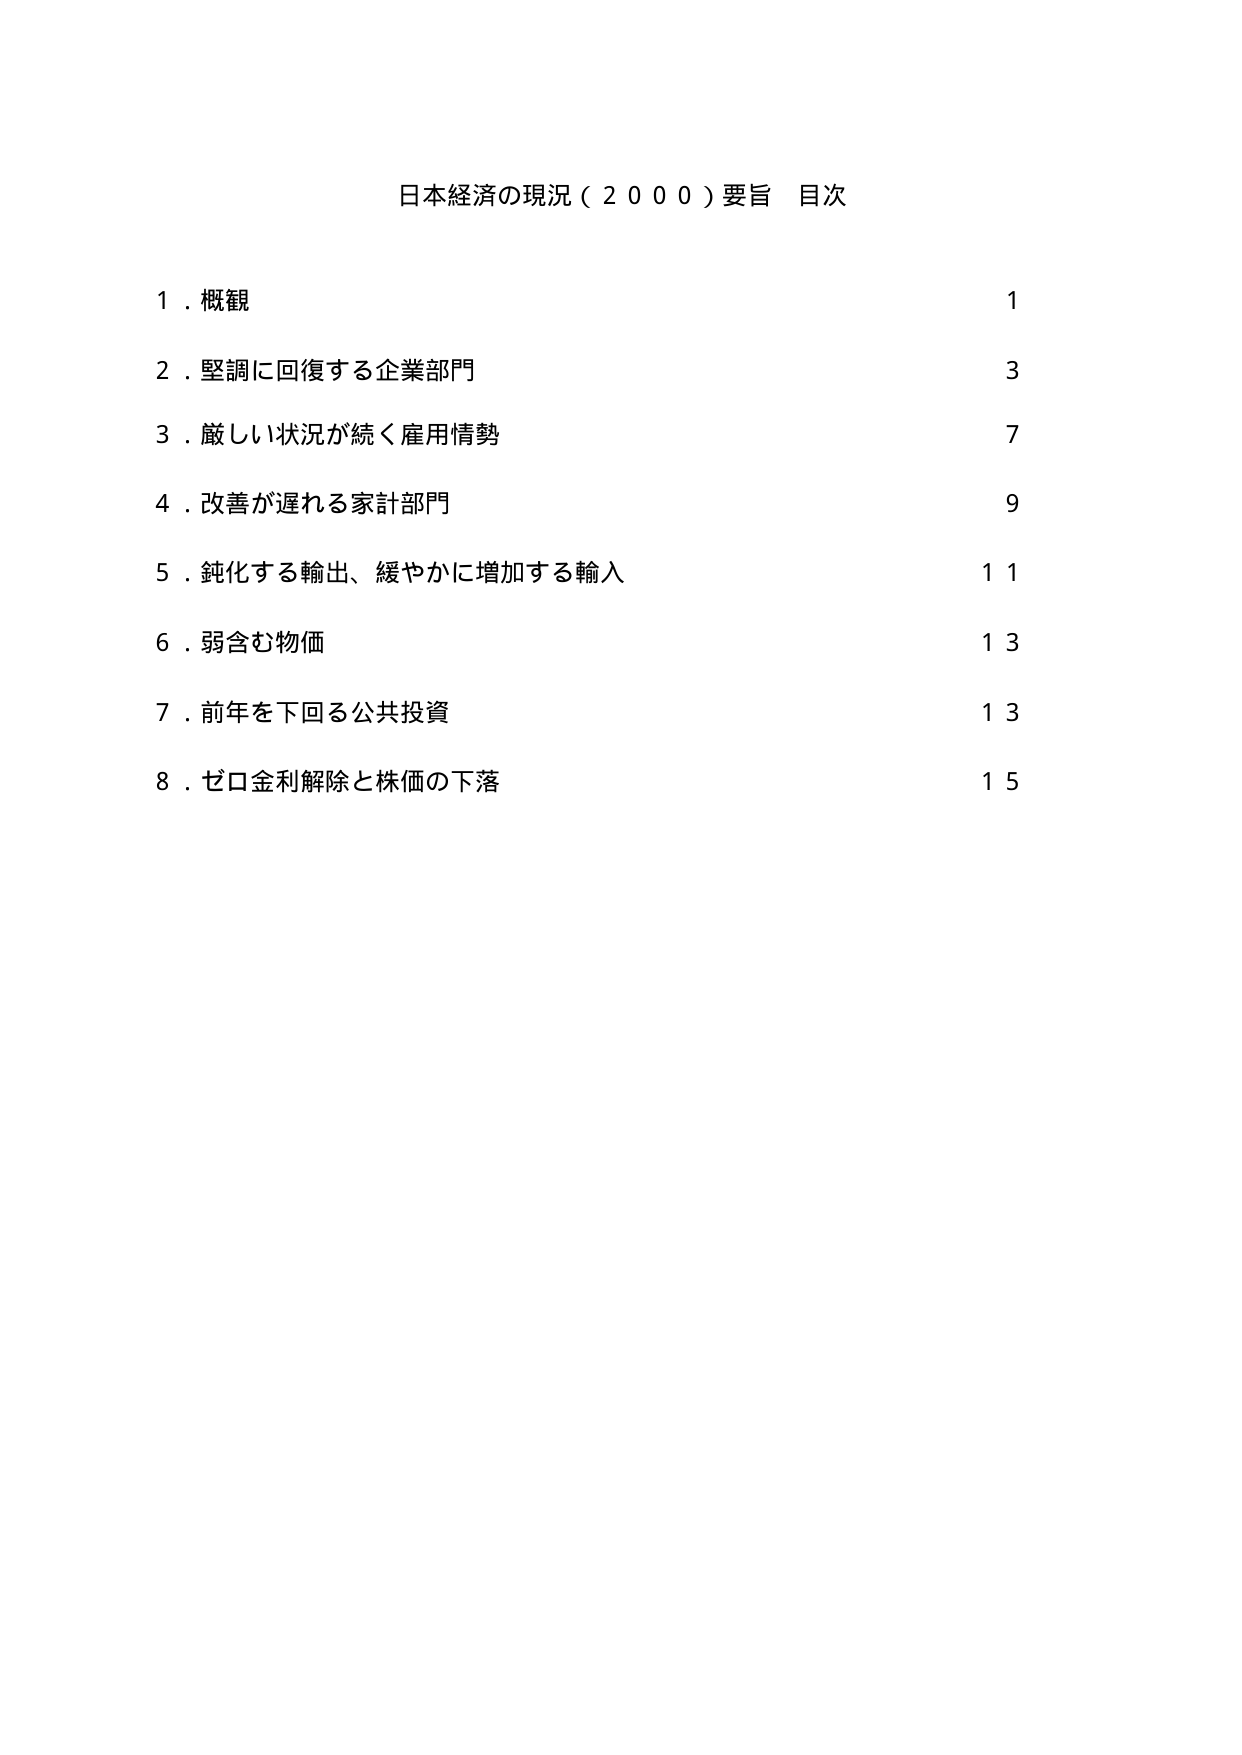
日本経済の現況（２０００）要旨　目次

１．概観